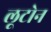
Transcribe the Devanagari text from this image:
लूटोन